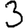
Digit: 3